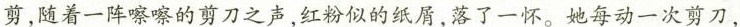
剪，随着一阵嚓嚓的剪刀之声，红粉似的纸屑，落了一怀。她每动一次剪刀，